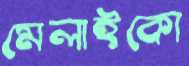
মেলাইকো